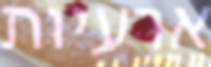
ארעיות